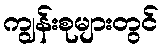
ကျွန်းစုများတွင်